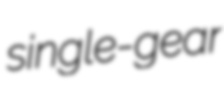
single-gear